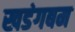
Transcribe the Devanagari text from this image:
खडंगबम